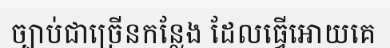
ច្បាប់ជាច្រើនកន្លែង ដែលធ្វើអោយគេ